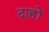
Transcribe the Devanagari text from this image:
दाहों